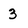
Character: 3